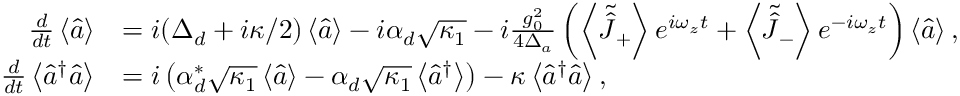
\begin{array} { r l } { \frac { d } { d t } \left\langle \hat { a } \right\rangle } & { = i ( \Delta _ { d } + i \kappa / 2 ) \left\langle \hat { a } \right\rangle - i \alpha _ { d } \sqrt { \kappa _ { 1 } } - i \frac { g _ { 0 } ^ { 2 } } { 4 \Delta _ { a } } \left( \left\langle \tilde { \hat { J } } _ { + } \right\rangle e ^ { i \omega _ { z } t } + \left\langle \tilde { \hat { J } } _ { - } \right\rangle e ^ { - i \omega _ { z } t } \right) \left\langle \hat { a } \right\rangle , } \\ { \frac { d } { d t } \left\langle \hat { a } ^ { \dagger } \hat { a } \right\rangle } & { = i \left( \alpha _ { d } ^ { * } \sqrt { \kappa _ { 1 } } \left\langle \hat { a } \right\rangle - \alpha _ { d } \sqrt { \kappa _ { 1 } } \left\langle \hat { a } ^ { \dagger } \right\rangle \right) - \kappa \left\langle \hat { a } ^ { \dagger } \hat { a } \right\rangle , } \end{array}